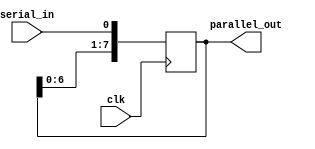
module shift_register (
    input clk,
    input serial_in,
    output reg [7:0] parallel_out
);

reg [7:0] reg_data;

always @(posedge clk) begin
    reg_data <= {reg_data[6:0], serial_in};
end

assign parallel_out = reg_data;

endmodule